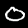
Digit: 0